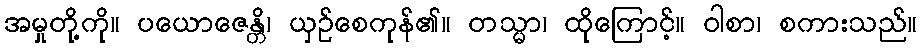
အမှုတို့ကို။ ပယောဇေန္တိ၊ ယှဉ်စေကုန်၏။ တသ္မာ၊ ထိုကြောင့်။ ဝါစာ၊ စကားသည်။